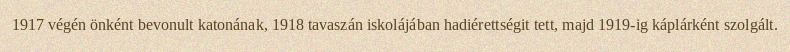
1917 végén önként bevonult katonának, 1918 tavaszán iskolájában hadiérettségit tett, majd 1919-ig káplárként szolgált.